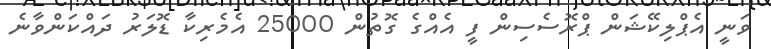
ވަނީ އެޕްލިކޭޝަން ޕްރޮސެސިން ފީ އެއްގެ ގޮތުން 25000 އެމެރިކާ ޑޮލަރު ދައްކަންވާނެ